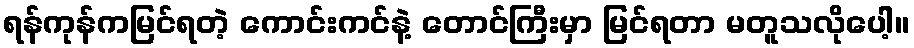
ရန်ကုန်ကမြင်ရတဲ့ ကောင်းကင်နဲ့ တောင်ကြီးမှာ မြင်ရတာ မတူသလိုပေါ့။